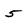
Character: 5